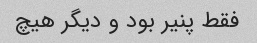
فقط پنیر بود و دیگر هیچ